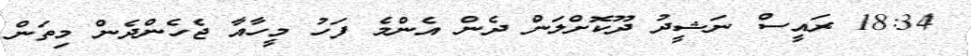
18:34 ރައީސް ނަޝީދު ދޫކޮށްލަން ދެން އެންމެ ފަހު މީހާއާ ޖެހެންދެން މިތަން